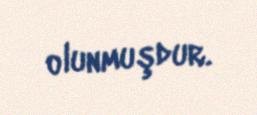
olunmuşdur.